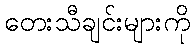
တေးသီချင်းများကို